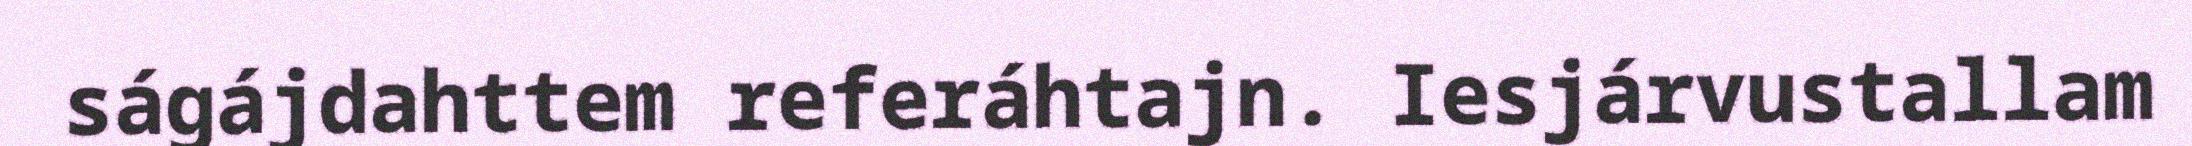
ságájdahttem referáhtajn. Iesjárvustallam